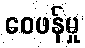
ဝေဖန်မှု